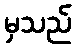
မှသည်